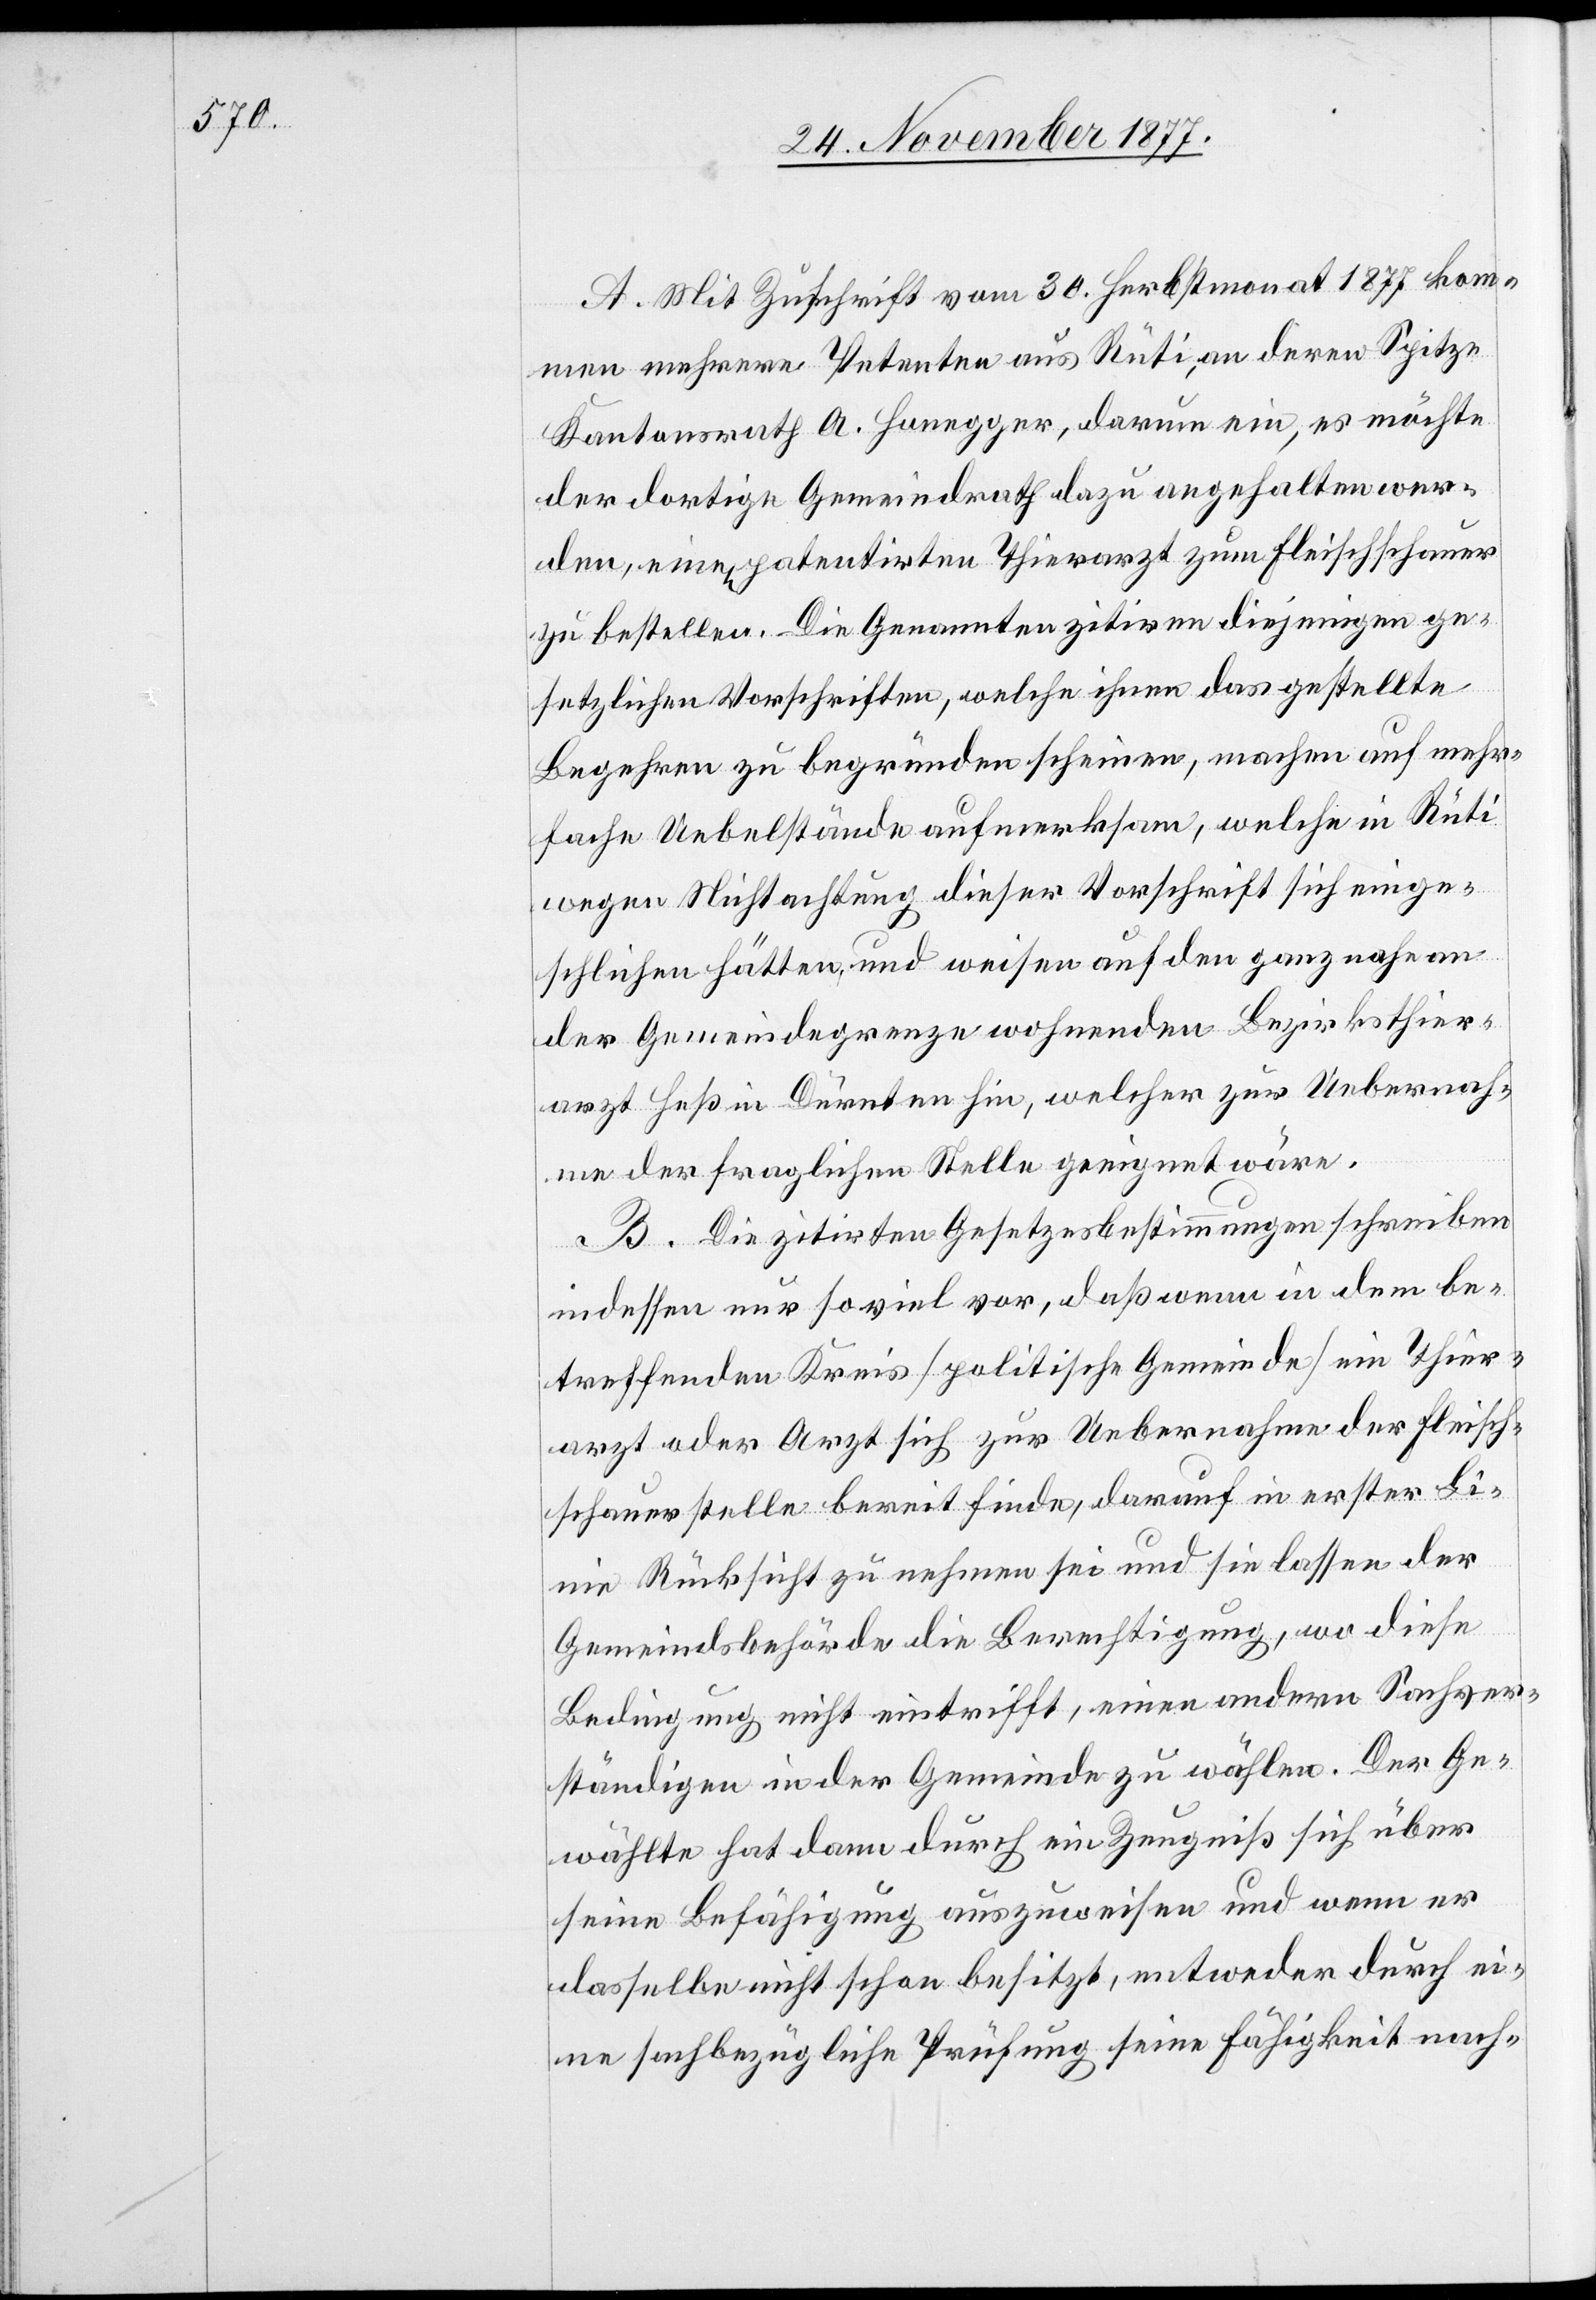
A. Mit Zuschrift vom 30. Herbstmonat 1877 kom¬
men mehrere Petenten aus Rüti, an deren Spitze
Kantonsrath A. Honegger, darum ein, es möchte
der dortige Gemeindrath dazu angehalten wer¬
den, einen patentirten Thierarzt zum Fleischschauer
zu bestellen. Die Genannten zitiren diejenigen ge¬
setzlichen Vorschriften, welche ihnen das gestellte
Begehren zu begründen scheinen, machen auf mehr¬
fache Uebelstände aufmerksam, welche in Rüti
wegen Nichtachtung dieser Vorschrift sich einge¬
schlichen hätten, und weisen auf den ganz nahe an
der Gemeindegrenze wohnenden Bezirksthier¬
arzt Heß in Dürnten hin, welcher zur Uebernah¬
me der fraglichen Stelle geeignet wäre.
B. Die zitirten Gesetzesbestimmungen schreiben
indessen nur so viel vor, daß wenn in dem be¬
treffenden Kreis [politische Gemeinde] ein Thier¬
arzt oder Arzt sich zur Uebernahme der Fleisch¬
schauerstelle bereit finde, darauf in erster Li¬
nie Rücksicht zu nehmen sei und sie lassen der
Gemeindsbehörde die Berechtigung, wo diese
Bedingung nicht eintrifft, einen andern Sachver¬
ständigen in der Gemeinde zu wählen. Der Ge¬
wählte hat dann durch ein Zeugniß sich über
seine Befähigung auszuweisen und wenn er
dasselbe nicht schon besitzt, entweder durch ei¬
ne sachbezügliche Prüfung seine Fähigkeit nach-